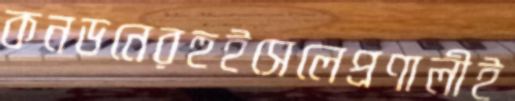
কনডনেরহুইসেলেপ্রণালীই